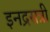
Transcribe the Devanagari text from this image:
इनद्रसत्री